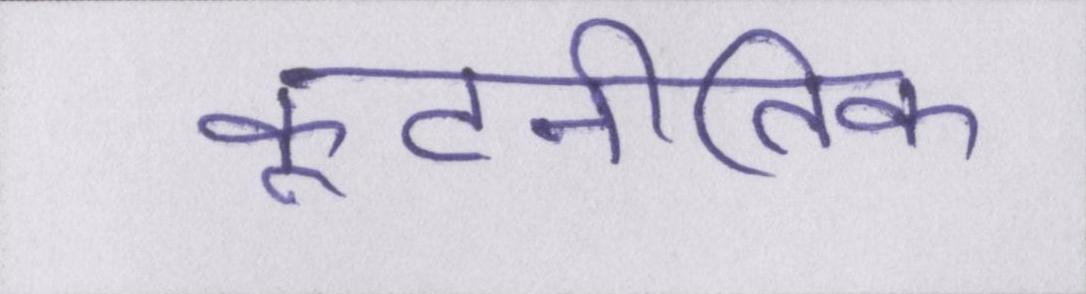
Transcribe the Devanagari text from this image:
कूटनीतिक